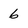
Character: 6